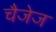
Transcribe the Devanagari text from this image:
चैजेज